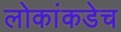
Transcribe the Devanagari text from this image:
लोकांकडेच